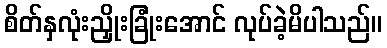
စိတ်နှလုံးညှိုးခြုံးအောင် လုပ်ခဲ့မိပါသည်။